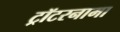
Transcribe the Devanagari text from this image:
ट्रॉटरनामा